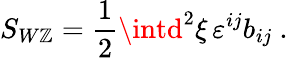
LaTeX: S_{W\mathbb{Z}}={\frac{{1}}{{2}}}\intd^{2}\xi\, \varepsilon^{ij}b_{ij}\ .